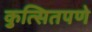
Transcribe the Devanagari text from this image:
कुत्सितपणे